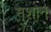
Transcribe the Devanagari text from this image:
नशान